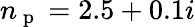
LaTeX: n_{\mathrm{~p~}}=2.5+0.1i